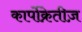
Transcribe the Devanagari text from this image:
कार्पोक्रेतीज़